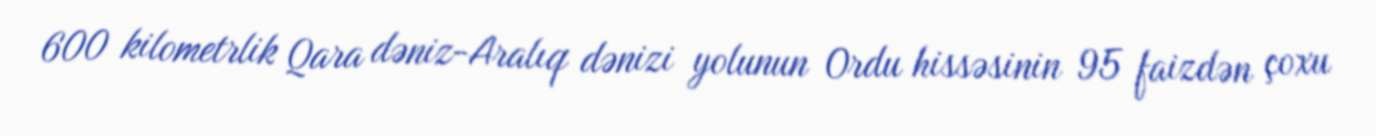
600 kilometrlik Qara dəniz-Aralıq dənizi yolunun Ordu hissəsinin 95 faizdən çoxu